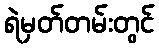
ရဲမှတ်တမ်းတွင်